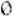
0